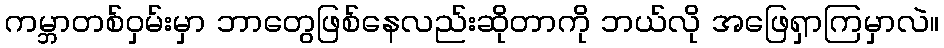
ကမ္ဘာတစ်ဝှမ်းမှာ ဘာတွေဖြစ်နေလည်းဆိုတာကို ဘယ်လို အဖြေရှာကြမှာလဲ။